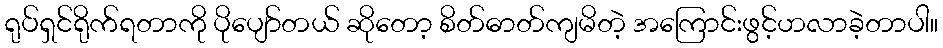
ရုပ်ရှင်ရိုက်ရတာကို ပိုပျော်တယ် ဆိုတော့ စိတ်ဓာတ်ကျမိတဲ့ အကြောင်းဖွင့်ဟလာခဲ့တာပါ။